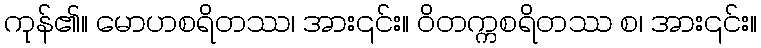
ကုန်၏။ မောဟစရိတဿ၊ အား၎င်း။ ဝိတက္ကစရိတဿ စ၊ အား၎င်း။